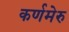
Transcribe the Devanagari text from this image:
कर्णमेरु